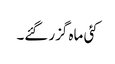
کئی ماہ گزر گئے۔